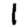
Digit: 1